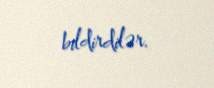
bildirdilər.